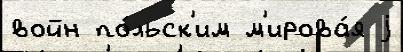
войн по́льск'им м'ирова́я j